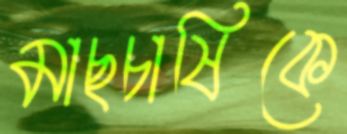
মাছচাষিকে